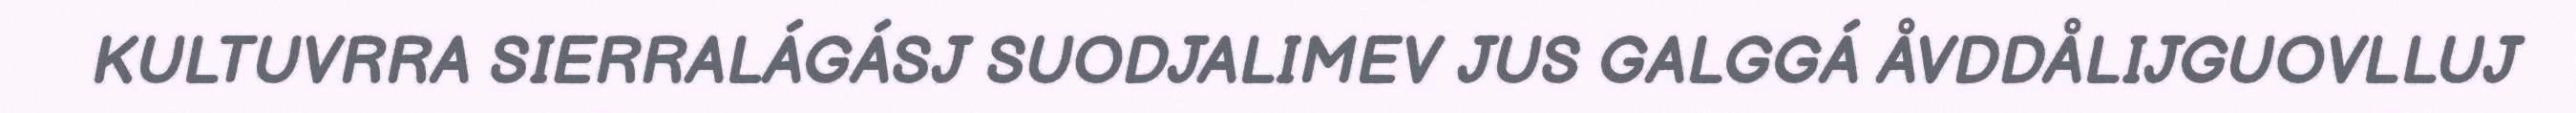
KULTUVRRA SIERRALÁGÁSJ SUODJALIMEV JUS GALGGÁ ÅVDDÅLIJGUOVLLUJ